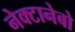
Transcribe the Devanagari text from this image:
नेक्टानेबो